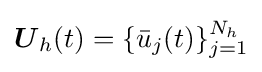
{\boldsymbol {U}}_{h}(t)=\{{\bar {u}}_{j}(t)\}_{j=1}^{N_{h}}